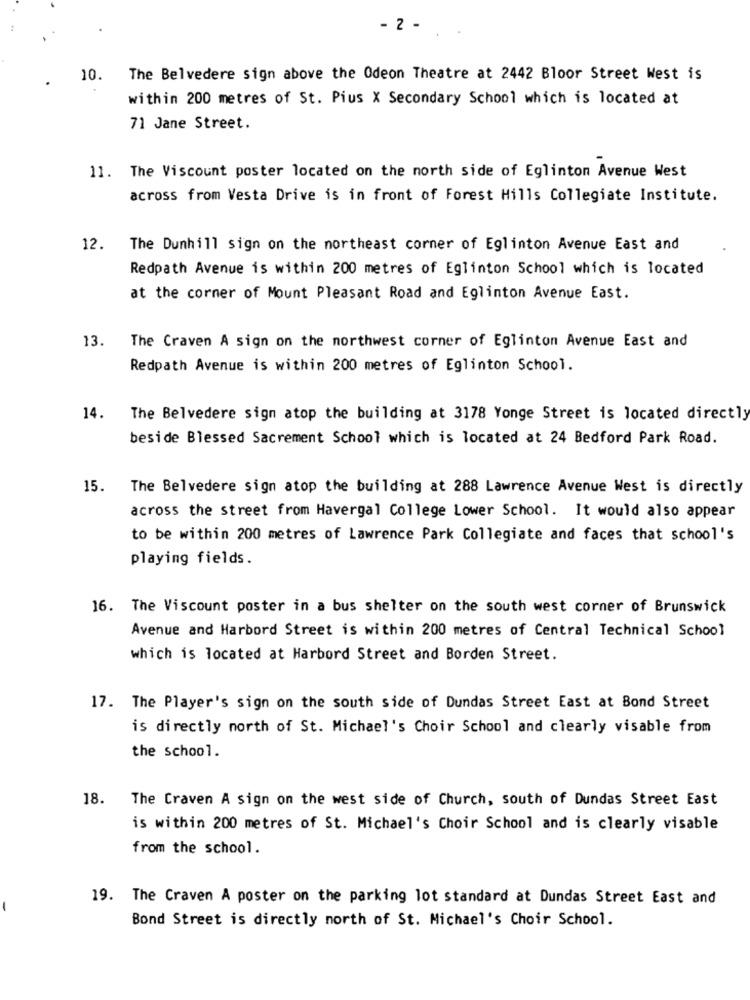
- 2 -
10.
The Belvedere sign above the Odeon Theatre at 2442 Bloor Street West is
within 200 metres of St. Pius X Secondary School which is located at
71 Jane Street.
11. The Viscount poster located on the north side of Eglinton Avenue West
across from Vesta Drive is in front of Forest Hills Collegiate Institute.
12.
The Dunhill sign on the northeast corner of Eglinton Avenue East and
Redpath Avenue is within 200 metres of Eglinton School which is located
at the corner of Mount Pleasant Road and Eglinton Avenue East.
13.
The Craven A sign on the northwest corner of Eglinton Avenue East and
Redpath Avenue is within 200 metres of Eglinton School.
14.
The Belvedere sign atop the building at 3178 Yonge Street is located directl
beside Blessed Sacrement School which is located at 24 Bedford Park Road.
15.
The Belvedere sign atop the building at 288 Lawrence Avenue West is directly
across the street from Havergal College Lower School. It would also appear
to be within 200 metres of Lawrence Park Collegiate and faces that school's
playing fields.
16. The Viscount poster in a bus shelter on the south west corner of Brunswick
Avenue and Harbord Street is within 200 metres of Central Technical School
which is located at Harbord Street and Borden Street.
17. The Player's sign on the south side of Dundas Street East at Bond Street
is directly north of St. Michael's Choir School and clearly visable from
the school.
18.
The Craven A sign on the west side of Church, south of Dundas Street East
is within 200 metres of St. Michael's Choir School and is clearly visable
from the school.
19. The Craven A poster on the parking lot standard at Dundas Street East and
-
Bond Street is directly north of St. Michael's Choir School.